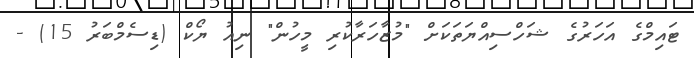
ޓައިމްގެ އަހަރުގެ ޝަހްސިއްޔަތަކަށް "މުޒާހަރާކުރި މީހުން" ނިއު ޔޯކް (ޑިސެމްބަރު 15) -